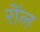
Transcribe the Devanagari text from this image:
रोंल